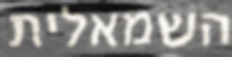
השמאלית